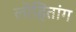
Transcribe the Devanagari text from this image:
लोहितांग